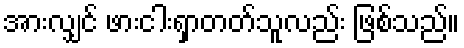
အားလျှင် ဖားငါးရှာတတ်သူလည်း ဖြစ်သည်။